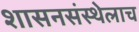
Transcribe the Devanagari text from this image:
शासनसंस्थेलाच